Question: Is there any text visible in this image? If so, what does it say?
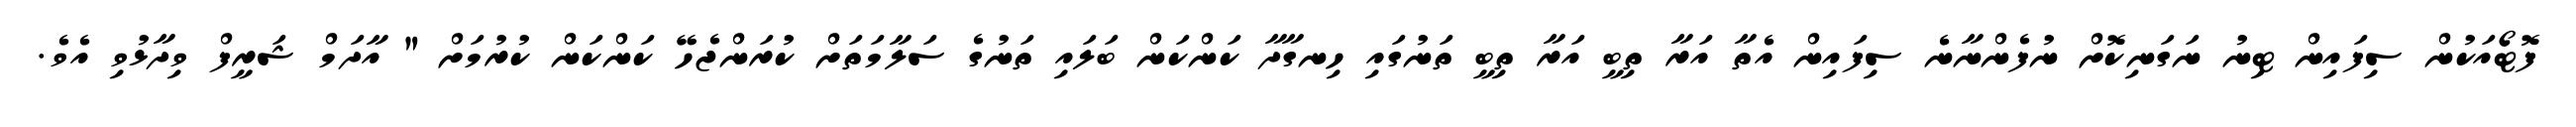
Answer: ފޮޓޯއަކުން ސިފައިން ޓިނު ނަގަނިކޮށް ނުފެންނާނެ ސިފައިން އެތާ އަރާ ތިބީ އަރާ ތިބީ ތަނުގައި ހިނގާދާ ކަންކަން ބަލައި ތަނުގެ ސަލާމަތަށް ކުރަންޖެހޭ ކަންކަން ކުރުމަށް " އާދަމް ޝަރީފް ވިދާޅުވި އެވެ.